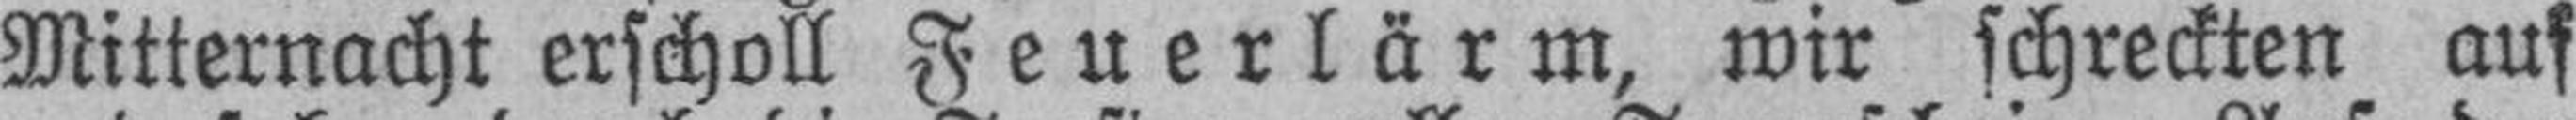
Mitternacht erscholl Feuerlärm, wir schreckten auf